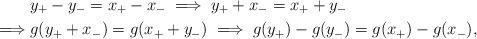
LaTeX: \begin{align*}&y_+ - y_- = x_+ - x_- \implies y_+ + x_- = x_+ + y_-\\\implies &g(y_+ + x_-) = g(x_+ + y_-) \implies g(y_+) - g(y_-) = g(x_+) - g(x_-),\end{align*}